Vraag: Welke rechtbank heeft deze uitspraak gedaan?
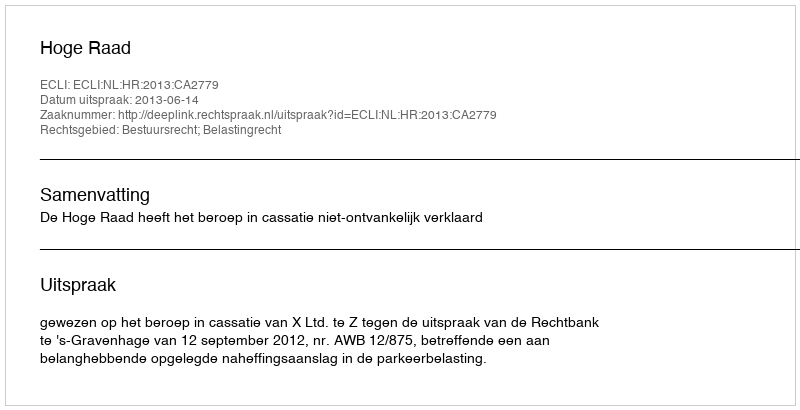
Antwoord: Hoge Raad